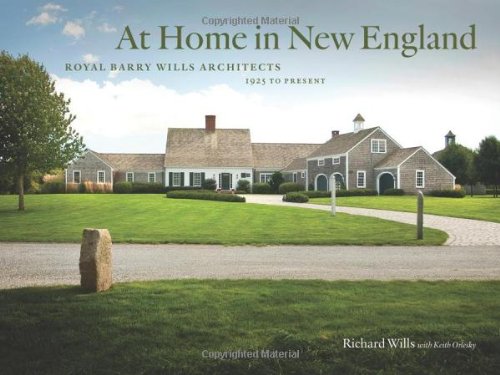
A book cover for At Home in New England: Royal Barry Wills Architects 1925 to Present; Richard Wills; Arts & Photography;